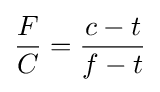
{\frac {F}{C}}={\frac {c-t}{f-t}}